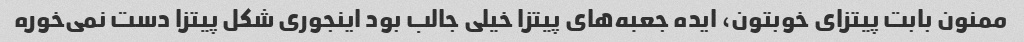
ممنون بابت پیتزای خوبتون، ایده جعبه‌های پیتزا خیلی جالب بود اینجوری شکل پیتزا دست نمی‌خوره